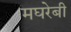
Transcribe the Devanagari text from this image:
मघरेबी